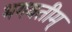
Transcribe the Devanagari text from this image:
भगवतीम्